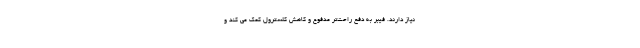
نیاز دارند. فیبر به دفع راحت‌تر مدفوع و کاهش کلسترول کمک می کند و